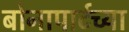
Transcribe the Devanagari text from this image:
बोनापार्टच्या